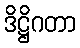
ဒိဋ္ဌိဂတာ